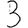
Digit: 3